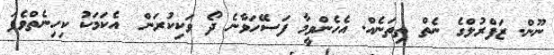
ނޫން. ޒަފްރުލްގެ ނެތް ތިތަނެއް. އެހެންވީމާ ފަސޭހަވާނެ ދޯ ވަކިކުރަން? އެކަމަކު ކިހިނެތްވެފަ